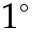
1 ^ { \circ }